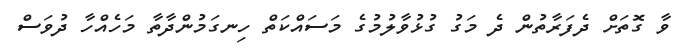
ވާ ގޮތަށް ދެފަރާތުން ދެ މަގު ގުޅުވާލުމުގެ މަސައްކަތް ހިނގަމުންދާތާ މަހެއްހާ ދުވަސް